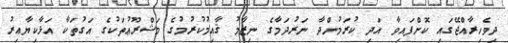
ދިވެހިރާއްޖޭގައި ކޮށްފައިވާ އަދި ކުރަމުންދާ ނަރުދަމާގެ ނިޒާމު ޤާއިމުކުރުމުގެ މަޝްރޫޢުތަކުގެ އަގުތަކާ އަޅާކިޔާއިރު